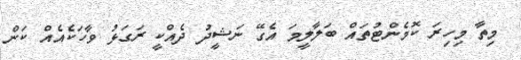
މިތާ މިހިރަ ކޮމެންޓުތައް ބަލާލީމަ އެގޭ ނަޝީދު ދެއްކީ ރަގަޅު ވާހަކެއެއް ކަން